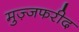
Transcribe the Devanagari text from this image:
मुज़्जफरीद